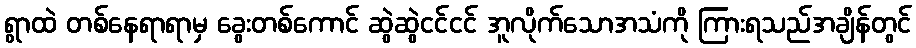
ရွာထဲ တစ်နေရာရာမှ ခွေးတစ်ကောင် ဆွဲဆွဲငင်ငင် အူလိုက်သောအသံကို ကြားရသည်အချိန်တွင်